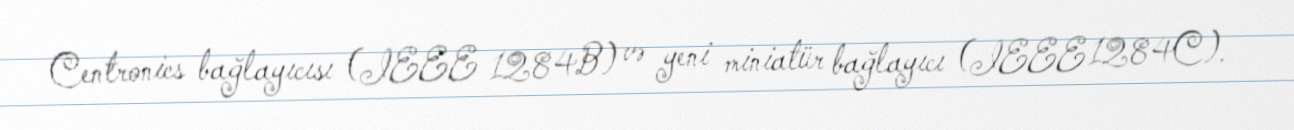
Centronics bağlayıcısı (IEEE 1284B) və yeni miniatür bağlayıcı (IEEE 1284C).